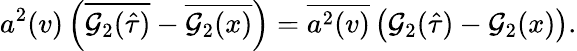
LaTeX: a^{2}(v)\left(\overline{{{{\cal G}_{2}(\hat{\tau})}}}-\overline{{{{\cal G}_{2}(x)}}}\right)=\overline{{{{a^{2}}(v)}}}\left({\cal G}_{2}(\hat{\tau})-{\cal G}_{2}(x)\right).